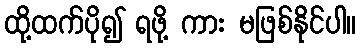
ထို့ထက်ပို၍ ရဖို့ ကား မဖြစ်နိုင်ပါ။